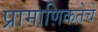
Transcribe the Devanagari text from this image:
प्रामाणिकतेचे